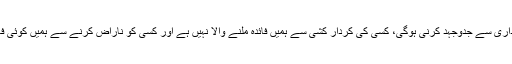
اس لیئے کہتا ہوں کہ ہم سب کو انسان ہوکر انسانیت کو زندہ کرنا ہے تو ہمیں سچائی اور ایمانداری سے جدوجہد کرنی ہوگی، کسی کی کردار کشی سے ہمیں فائدہ ملنے والا نہیں ہے اور کسی کو ناراض کرنے سے ہمیں کوئی فائدہ نہیں ملے گا اور نماز و قرآن مجید پڑھنے کے علاوہ سچ کو سچ کہنا، ظلم کو غلط کہناہے۔